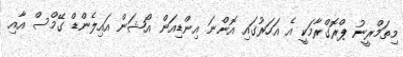
މިތަމްރީނު ޕްރޮގްރާމަކީ އެ އަހަރުގައި އޮންނަ އިންޑިއަން އޯޝަން އައިލެންޑް ގޭމްސް އާއި